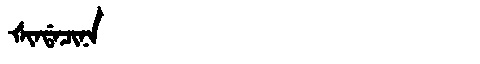
Manchu: ᡧᡳᠨᡩᠠᠴᡳᠨᠠ
Romanization: ŠINDACINA